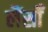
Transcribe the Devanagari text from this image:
लैंसोँ